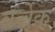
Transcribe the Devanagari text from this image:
बर्ज्रेक